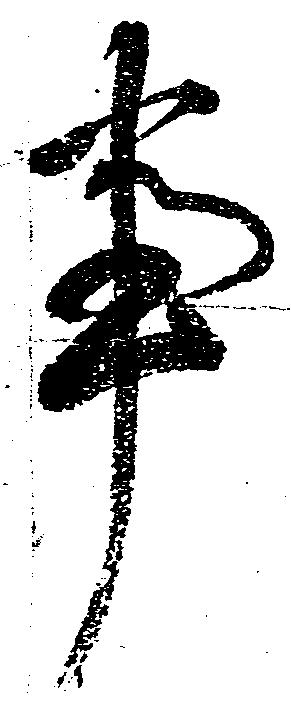
事